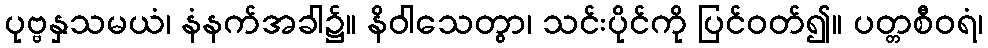
ပုဗ္ဗနှသမယံ၊ နံနက်အခါ၌။ နိဝါသေတွာ၊ သင်းပိုင်ကို ပြင်ဝတ်၍။ ပတ္တစီဝရံ၊